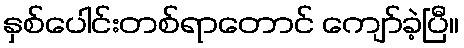
နှစ်ပေါင်းတစ်ရာတောင် ကျော်ခဲ့ပြီ။